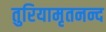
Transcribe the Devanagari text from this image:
तुरियामृतनन्द